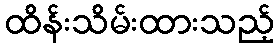
ထိန်းသိမ်းထားသည့်